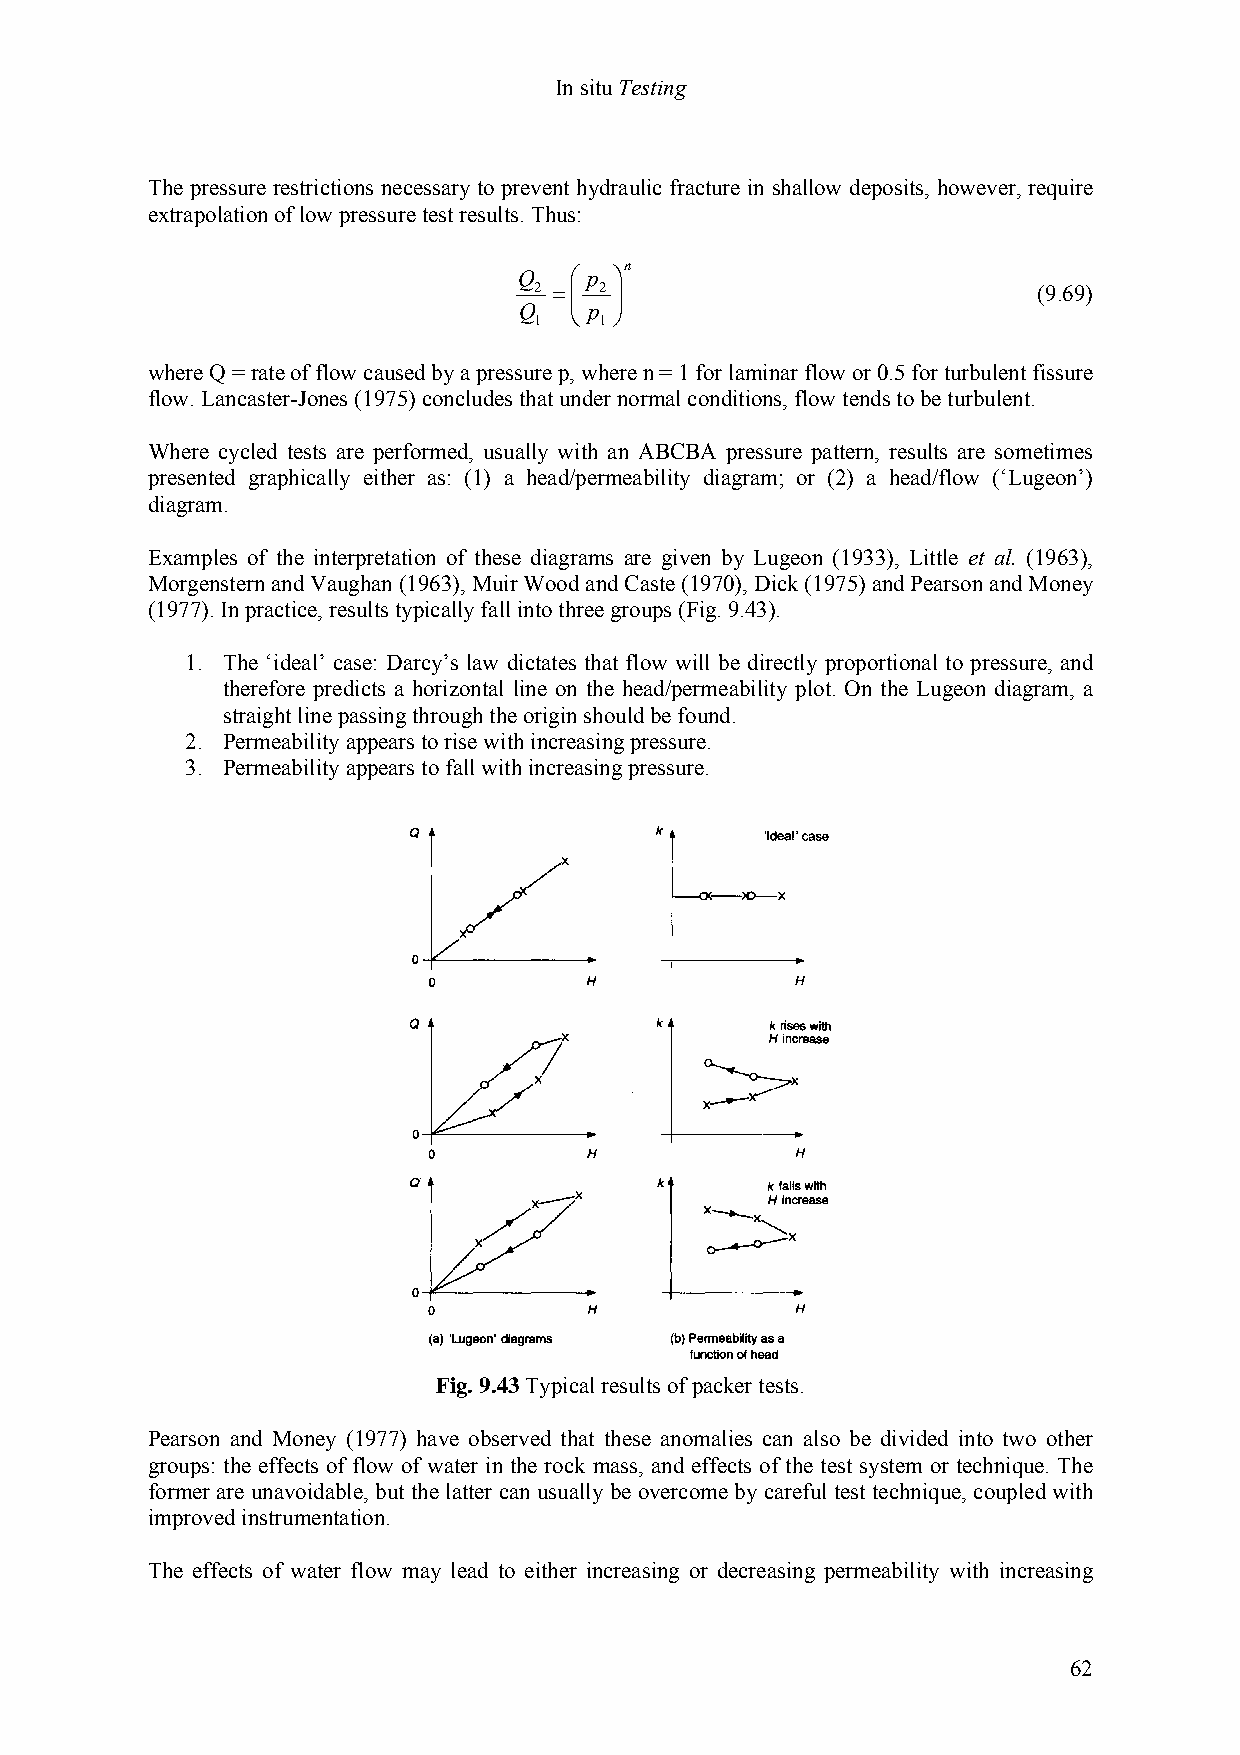
In situ Testing
 The pressure restrictions necessary to prevent hydraulic fracture in shallow deposits, however, require
 extrapolation of low pressure test results. Thus:
 n
 Q   ⎛ p ⎞
 2 =⎜ 2 ⎟                          (9.69)
 ⎜  ⎟
 Q 1 ⎝ p 1 ⎠
 where Q = rate of flow caused by a pressure p, where n = 1 for laminar flow or 0.5 for turbulent fissure
 flow. Lancaster-Jones (1975) concludes that under normal conditions, flow tends to be turbulent.
 Where cycled tests are performed, usually with an ABCBA pressure pattern, results are sometimes
 presented graphically either as: (1) a head/permeability diagram; or (2) a head/flow (‘Lugeon’)
 diagram.
 Examples of the interpretation of these diagrams are given by Lugeon (1933), Little et al. (1963),
 Morgenstern and Vaughan (1963), Muir Wood and Caste (1970), Dick (1975) and Pearson and Money
 (1977). In practice, results typically fall into three groups (Fig. 9.43).
 1. The ‘ideal’ case: Darcy’s law dictates that flow will be directly proportional to pressure, and
 therefore predicts a horizontal line on the head/permeability plot. On the Lugeon diagram, a
 straight line passing through the origin should be found.
 2. Permeability appears to rise with increasing pressure.
 3. Permeability appears to fall with increasing pressure.
 Fig. 9.43 Typical results of packer tests.
 Pearson and Money (1977) have observed that these anomalies can also be divided into two other
 groups: the effects of flow of water in the rock mass, and effects of the test system or technique. The
 former are unavoidable, but the latter can usually be overcome by careful test technique, coupled with
 improved instrumentation.
 The effects of water flow may lead to either increasing or decreasing permeability with increasing
 62